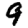
Digit: 9